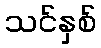
သင်နှစ်